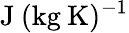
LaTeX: \textrm{J}\: (\textrm{kg}\: \textrm{K})^{-1}